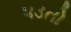
૫ડતો